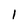
Character: 1